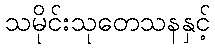
သမိုင်းသုတေသနနှင့်